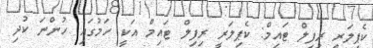
ކެޕިލަރީ ރިފިލް ޓައިމް: ކެޕިލަރީ ރިފިލް ޓައިމް އަކީ ހަމުގައި ހުންނަ ކުދި